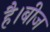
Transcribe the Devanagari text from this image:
है।बीज